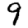
Digit: 9